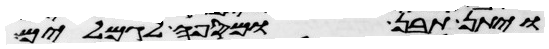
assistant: ויתן תבן ומספה לגמלים